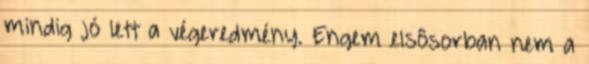
mindig jó lett a végeredmény. Engem elsôsorban nem a